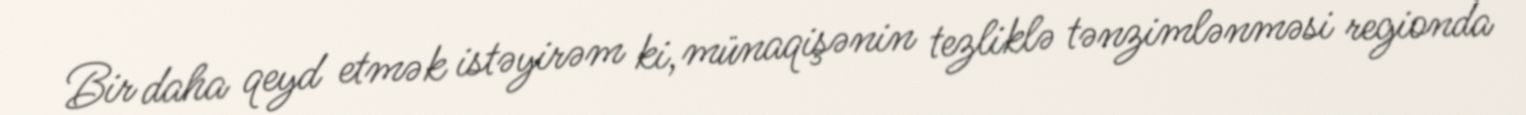
Bir daha qeyd etmək istəyirəm ki, münaqişənin tezliklə tənzimlənməsi regionda